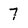
Character: 7